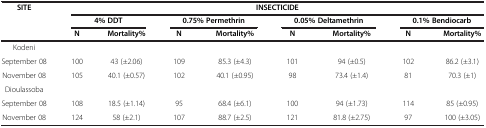
<table><thead><tr><td><b>SITE</b></td><td colspan="8"><b>INSECTICIDE</b></td></tr><tr><td><b> </b></td><td colspan="2"><b>4% DDT</b></td><td colspan="2"><b>0.75% Permethrin</b></td><td colspan="2"><b>0.05% Deltamethrin</b></td><td colspan="2"><b>0.1% Bendiocarb</b></td></tr><tr><td><b> </b></td><td><b>N</b></td><td><b>Mortality%</b></td><td><b>N</b></td><td><b>Mortality%</b></td><td><b>N</b></td><td><b>Mortality%</b></td><td><b>N</b></td><td><b>Mortality%</b></td></tr></thead><tbody><tr><td>Kodeni</td><td> </td><td> </td><td> </td><td> </td><td> </td><td> </td><td> </td><td> </td></tr><tr><td>September 08</td><td>100</td><td>43 (±2.06)</td><td>109</td><td>85.3 (±4.3)</td><td>101</td><td>94 (±0.5)</td><td>102</td><td>86.2 (±3.1)</td></tr><tr><td>November 08</td><td>105</td><td>40.1 (±0.57)</td><td>102</td><td>40.1 (±0.95)</td><td>98</td><td>73.4 (±1.4)</td><td>81</td><td>70.3 (±1)</td></tr><tr><td>Dioulassoba</td><td> </td><td> </td><td> </td><td> </td><td> </td><td> </td><td> </td><td> </td></tr><tr><td>September 08</td><td>108</td><td>18.5 (±1.14)</td><td>95</td><td>68.4 (±6.1)</td><td>100</td><td>94 (±1.73)</td><td>114</td><td>85 (±0.95)</td></tr><tr><td>November 08</td><td>124</td><td>58 (±2.1)</td><td>107</td><td>88.7 (±2.5)</td><td>121</td><td>81.8 (±2.75)</td><td>97</td><td>100 (±3.05)</td></tr></tbody></table>